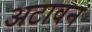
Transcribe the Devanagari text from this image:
अटावन